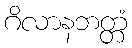
ဂိလာနဘတ္တံ